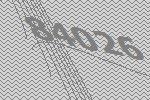
84026